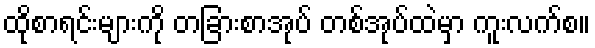
ထိုစာရင်းများကို တခြားစာအုပ် တစ်အုပ်ထဲမှာ ကူးလက်စ။